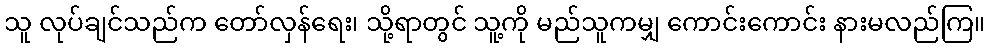
သူ လုပ်ချင်သည်က တော်လှန်ရေး၊ သို့ရာတွင် သူ့ကို မည်သူကမျှ ကောင်းကောင်း နားမလည်ကြ။